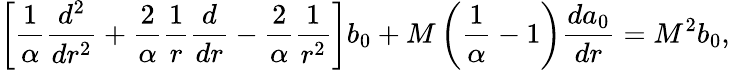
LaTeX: \left[{\frac{1}{\alpha}}{\frac{d^{2}}{dr^{2}}}+{\frac{2}{\alpha}}{\frac{1}{r}}{\frac{d}{dr}}-{\frac{2}{\alpha}}{\frac{1}{r^{2}}}\right]b_{0}+M\left({\frac{1}{\alpha}}-1\right){\frac{da_{0}}{dr}}=M^{2}b_{0},